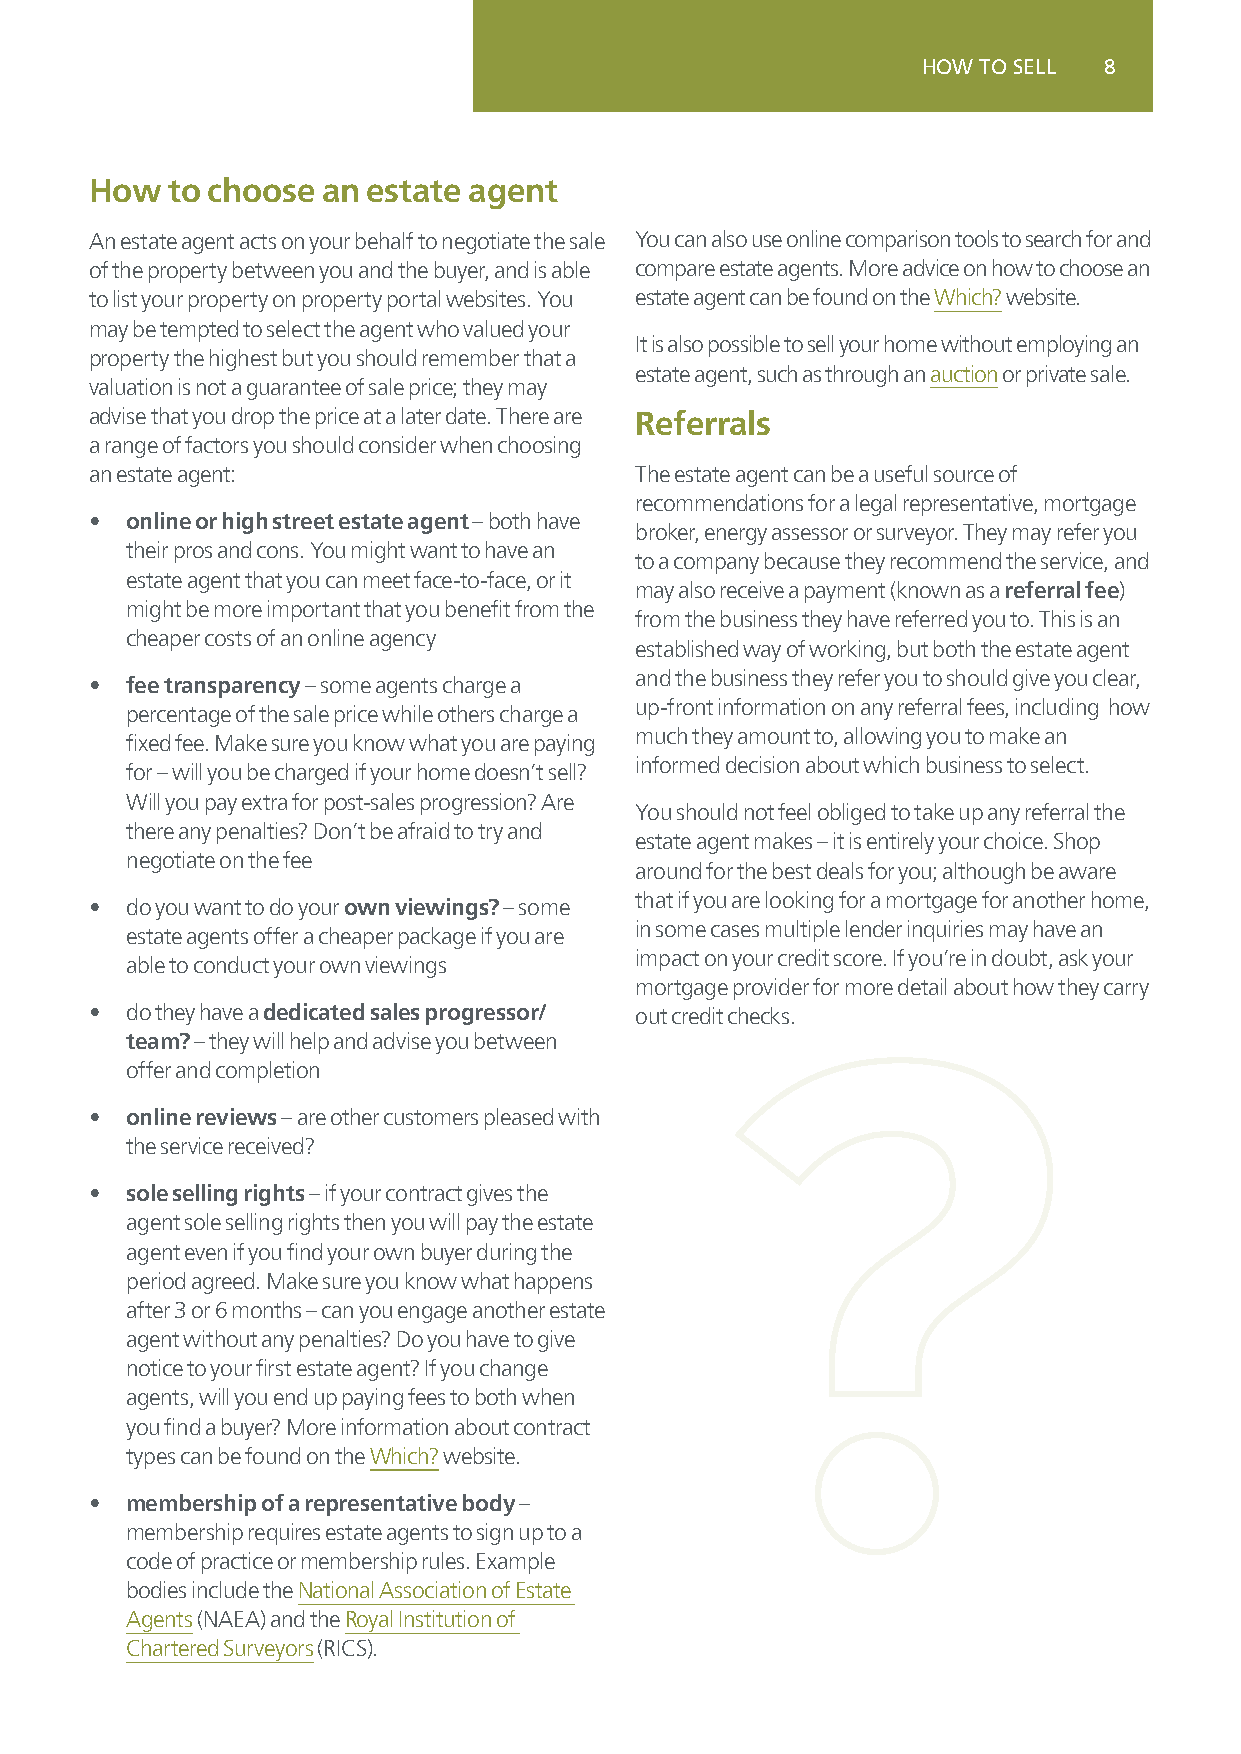
HOW TO SELL 8
 How  to choose an estate agent
 An estate agent acts on your behalf to negotiate the sale You can also use online comparison tools to search for and
 of the property between you and the buyer, and is able compare estate agents. More advice on how to choose an
 to list your property on property portal websites. You estate agent can be found on the Which? website.
 may be tempted to select the agent who valued your
 It is also possible to sell your home without employing an
 property the highest but you should remember that a
 estate agent, such as through an auction or private sale.
 valuation is not a guarantee of sale price; they may
 advise that you drop the price at a later date. There are Referrals
 a range of factors you should consider when choosing
 an estate agent:                    The estate agent can be a useful source of
 recommendations for a legal representative, mortgage
 • online or high street estate agent – both have
 broker, energy assessor or surveyor. They may refer you
 their pros and cons. You might want to have an
 to a company because they recommend the service, and
 estate agent that you can meet face-to-face, or it
 may also receive a payment (known as a referral fee)
 might be more important that you benefit from the
 from the business they have referred you to. This is an
 cheaper costs of an online agency
 established way of working, but both the estate agent
 and the business they refer you to should give you clear,
 • fee transparency – some agents charge a
 up-front information on any referral fees, including how
 percentage of the sale price while others charge a
 much they amount to, allowing you to make an
 fixed fee. Make sure you know what you are paying
 informed decision about which business to select.
 for – will you be charged if your home doesn’t sell?
 Will you pay extra for post-sales progression? Are
 You should not feel obliged to take up any referral the
 there any penalties? Don’t be afraid to try and
 estate agent makes – it is entirely your choice. Shop
 negotiate on the fee
 around for the best deals for you; although be aware
 that if you are looking for a mortgage for another home,
 • do you want to do your own viewings? – some
 in some cases multiple lender inquiries may have an
 estate agents offer a cheaper package if you are
 impact on your credit score. If you’re in doubt, ask your
 able to conduct your own viewings
 mortgage provider for more detail about how they carry
 • do they have a dedicated sales progressor/ out credit checks.
 team? – they will help and advise you between
 offer and completion
 • online reviews – are other customers pleased with
 the service received?
 • sole selling rights – if your contract gives the
 agent sole selling rights then you will pay the estate
 agent even if you find your own buyer during the
 period agreed. Make sure you know what happens
 after 3 or 6 months – can you engage another estate
 agent without any penalties? Do you have to give
 notice to your first estate agent? If you change
 agents, will you end up paying fees to both when
 you find a buyer? More information about contract
 types can be found on the Which? website.
 • membership of a representative body –
 membership requires estate agents to sign up to a
 code of practice or membership rules. Example
 bodies include the National Association of Estate
 Agents (NAEA) and the Royal Institution of
 Chartered Surveyors (RICS).